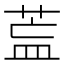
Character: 𦱣